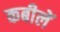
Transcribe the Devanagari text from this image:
कबीलें